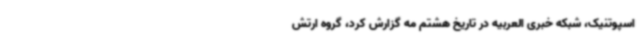
اسپوتنیک، شبکه خبری العربیه در تاریخ هشتم مه گزارش کرد، گروه ارتش